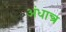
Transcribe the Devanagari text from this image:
अंधान्त्र